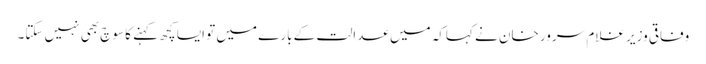
وفاقی وزیر غلام سرور خان نے کہاکہ میں عدالت کے بارے میں تو ایسا کچھ کہنے کا سوچ بھی نہیں سکتا۔